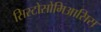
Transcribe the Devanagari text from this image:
सिस्टोसोमिआसिस